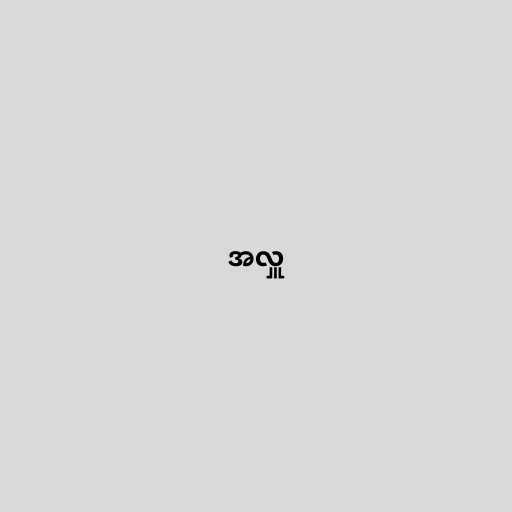
အလှူ